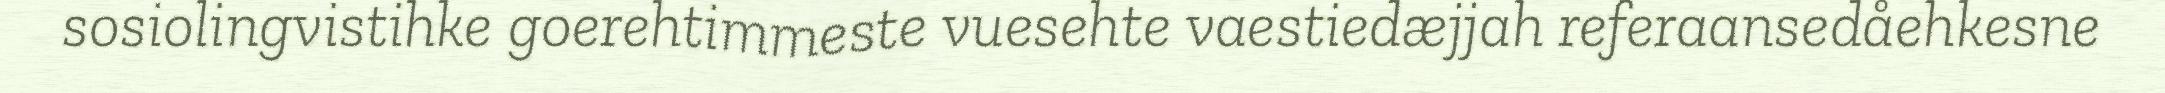
sosiolingvistihke goerehtimmeste vuesehte vaestiedæjjah referaansedåehkesne